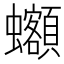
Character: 𰳦